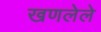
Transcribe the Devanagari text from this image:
खणलेले